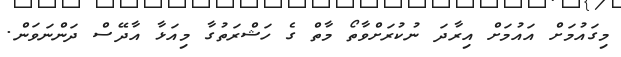
މިގައުމަށް އައުމަށް އިރާދަ ނުކުރަށްވާތޯ މާތް ގެ ހަޝްރަތުގާ މިއަޅާ އާދޭސް ދަންނަވަން.